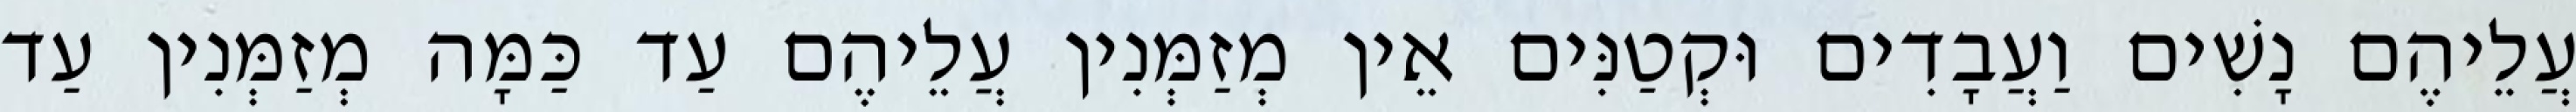
עֲלֵיהֶם נָשִׁים וַעֲבָדִים וּקְטַנִּים אֵין מְזַמְּנִין עֲלֵיהֶם עַד כַּמָּה מְזַמְּנִין עַד